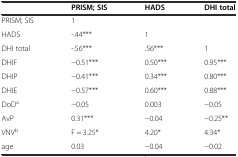
<table><thead><tr><td></td><td><b>PRISM; SIS</b></td><td><b>HADS</b></td><td><b>DHI total</b></td></tr></thead><tbody><tr><td>PRISM; SIS</td><td>1</td><td></td><td></td></tr><tr><td>HADS</td><td>-.44***</td><td>1</td><td></td></tr><tr><td>DHI total</td><td>-.56***</td><td>.56***</td><td>1</td></tr><tr><td>DHIF</td><td>−0.51***</td><td>0.50***</td><td>0.95***</td></tr><tr><td>DHIP</td><td>−0.41***</td><td>0.34***</td><td>0.80***</td></tr><tr><td>DHIE</td><td>−0.57***</td><td>0.60***</td><td>0.88***</td></tr><tr><td>DoD<sup>a</sup></td><td>−0.05</td><td>0.003</td><td>−0.05</td></tr><tr><td>AvP</td><td>0.31***</td><td>−0.04</td><td>−0.25**</td></tr><tr><td>VNV<sup>b</sup></td><td>F = 3.25*</td><td>4.20*</td><td>4.34*</td></tr><tr><td>age</td><td>0.03</td><td>−0.04</td><td>−0.02</td></tr></tbody></table>